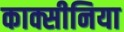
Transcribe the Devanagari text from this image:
काक्सीनिया